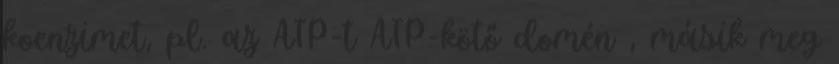
koenzimet, pl. az ATP-t ATP-kötő domén , másik meg